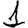
Digit: 1